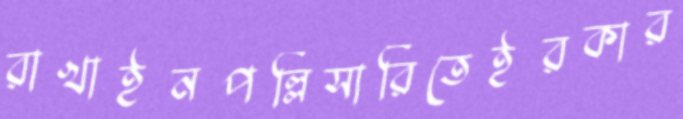
রাখাইনপল্লিসারিতেইরকার